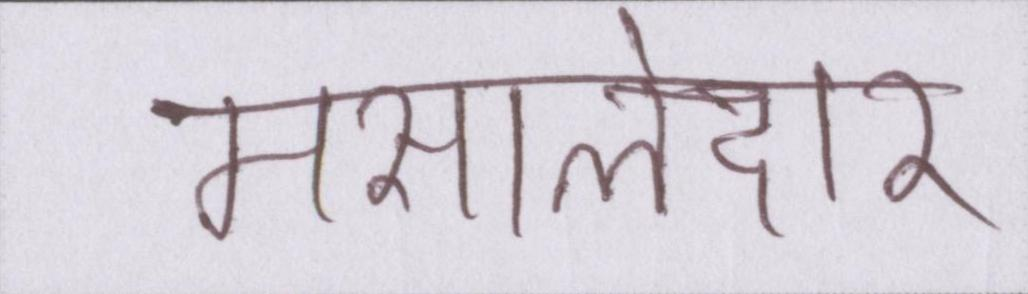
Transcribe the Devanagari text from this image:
मसालेदार